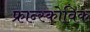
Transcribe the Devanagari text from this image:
फ्रान्स्कोविक